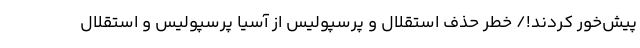
پیش‌خور کردند!/ خطر حذف استقلال و پرسپولیس از آسیا پرسپولیس و استقلال